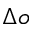
\Delta o